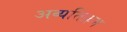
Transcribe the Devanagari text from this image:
अव्यतिक्रम